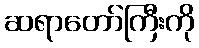
ဆရာတော်ကြီးကို